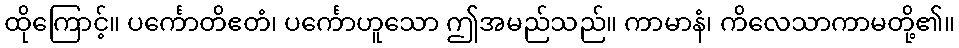
ထိုကြောင့်။ ပင်္ကောတိဧတံ၊ ပင်္ကောဟူသော ဤအမည်သည်။ ကာမာနံ၊ ကိလေသာကာမတို့၏။